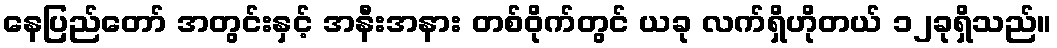
နေပြည်တော် အတွင်းနှင့် အနီးအနား တစ်ဝိုက်တွင် ယခု လက်ရှိဟိုတယ် ၁၂ခုရှိသည်။